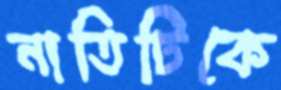
নাতিটিকে